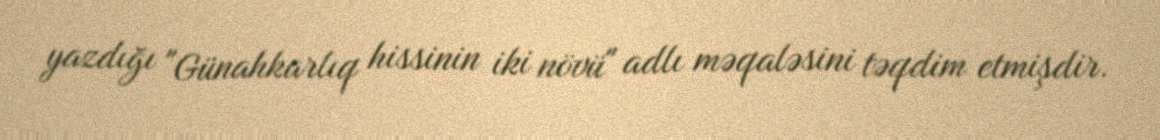
yazdığı "Günahkarlıq hissinin iki növü" adlı məqaləsini təqdim etmişdir.